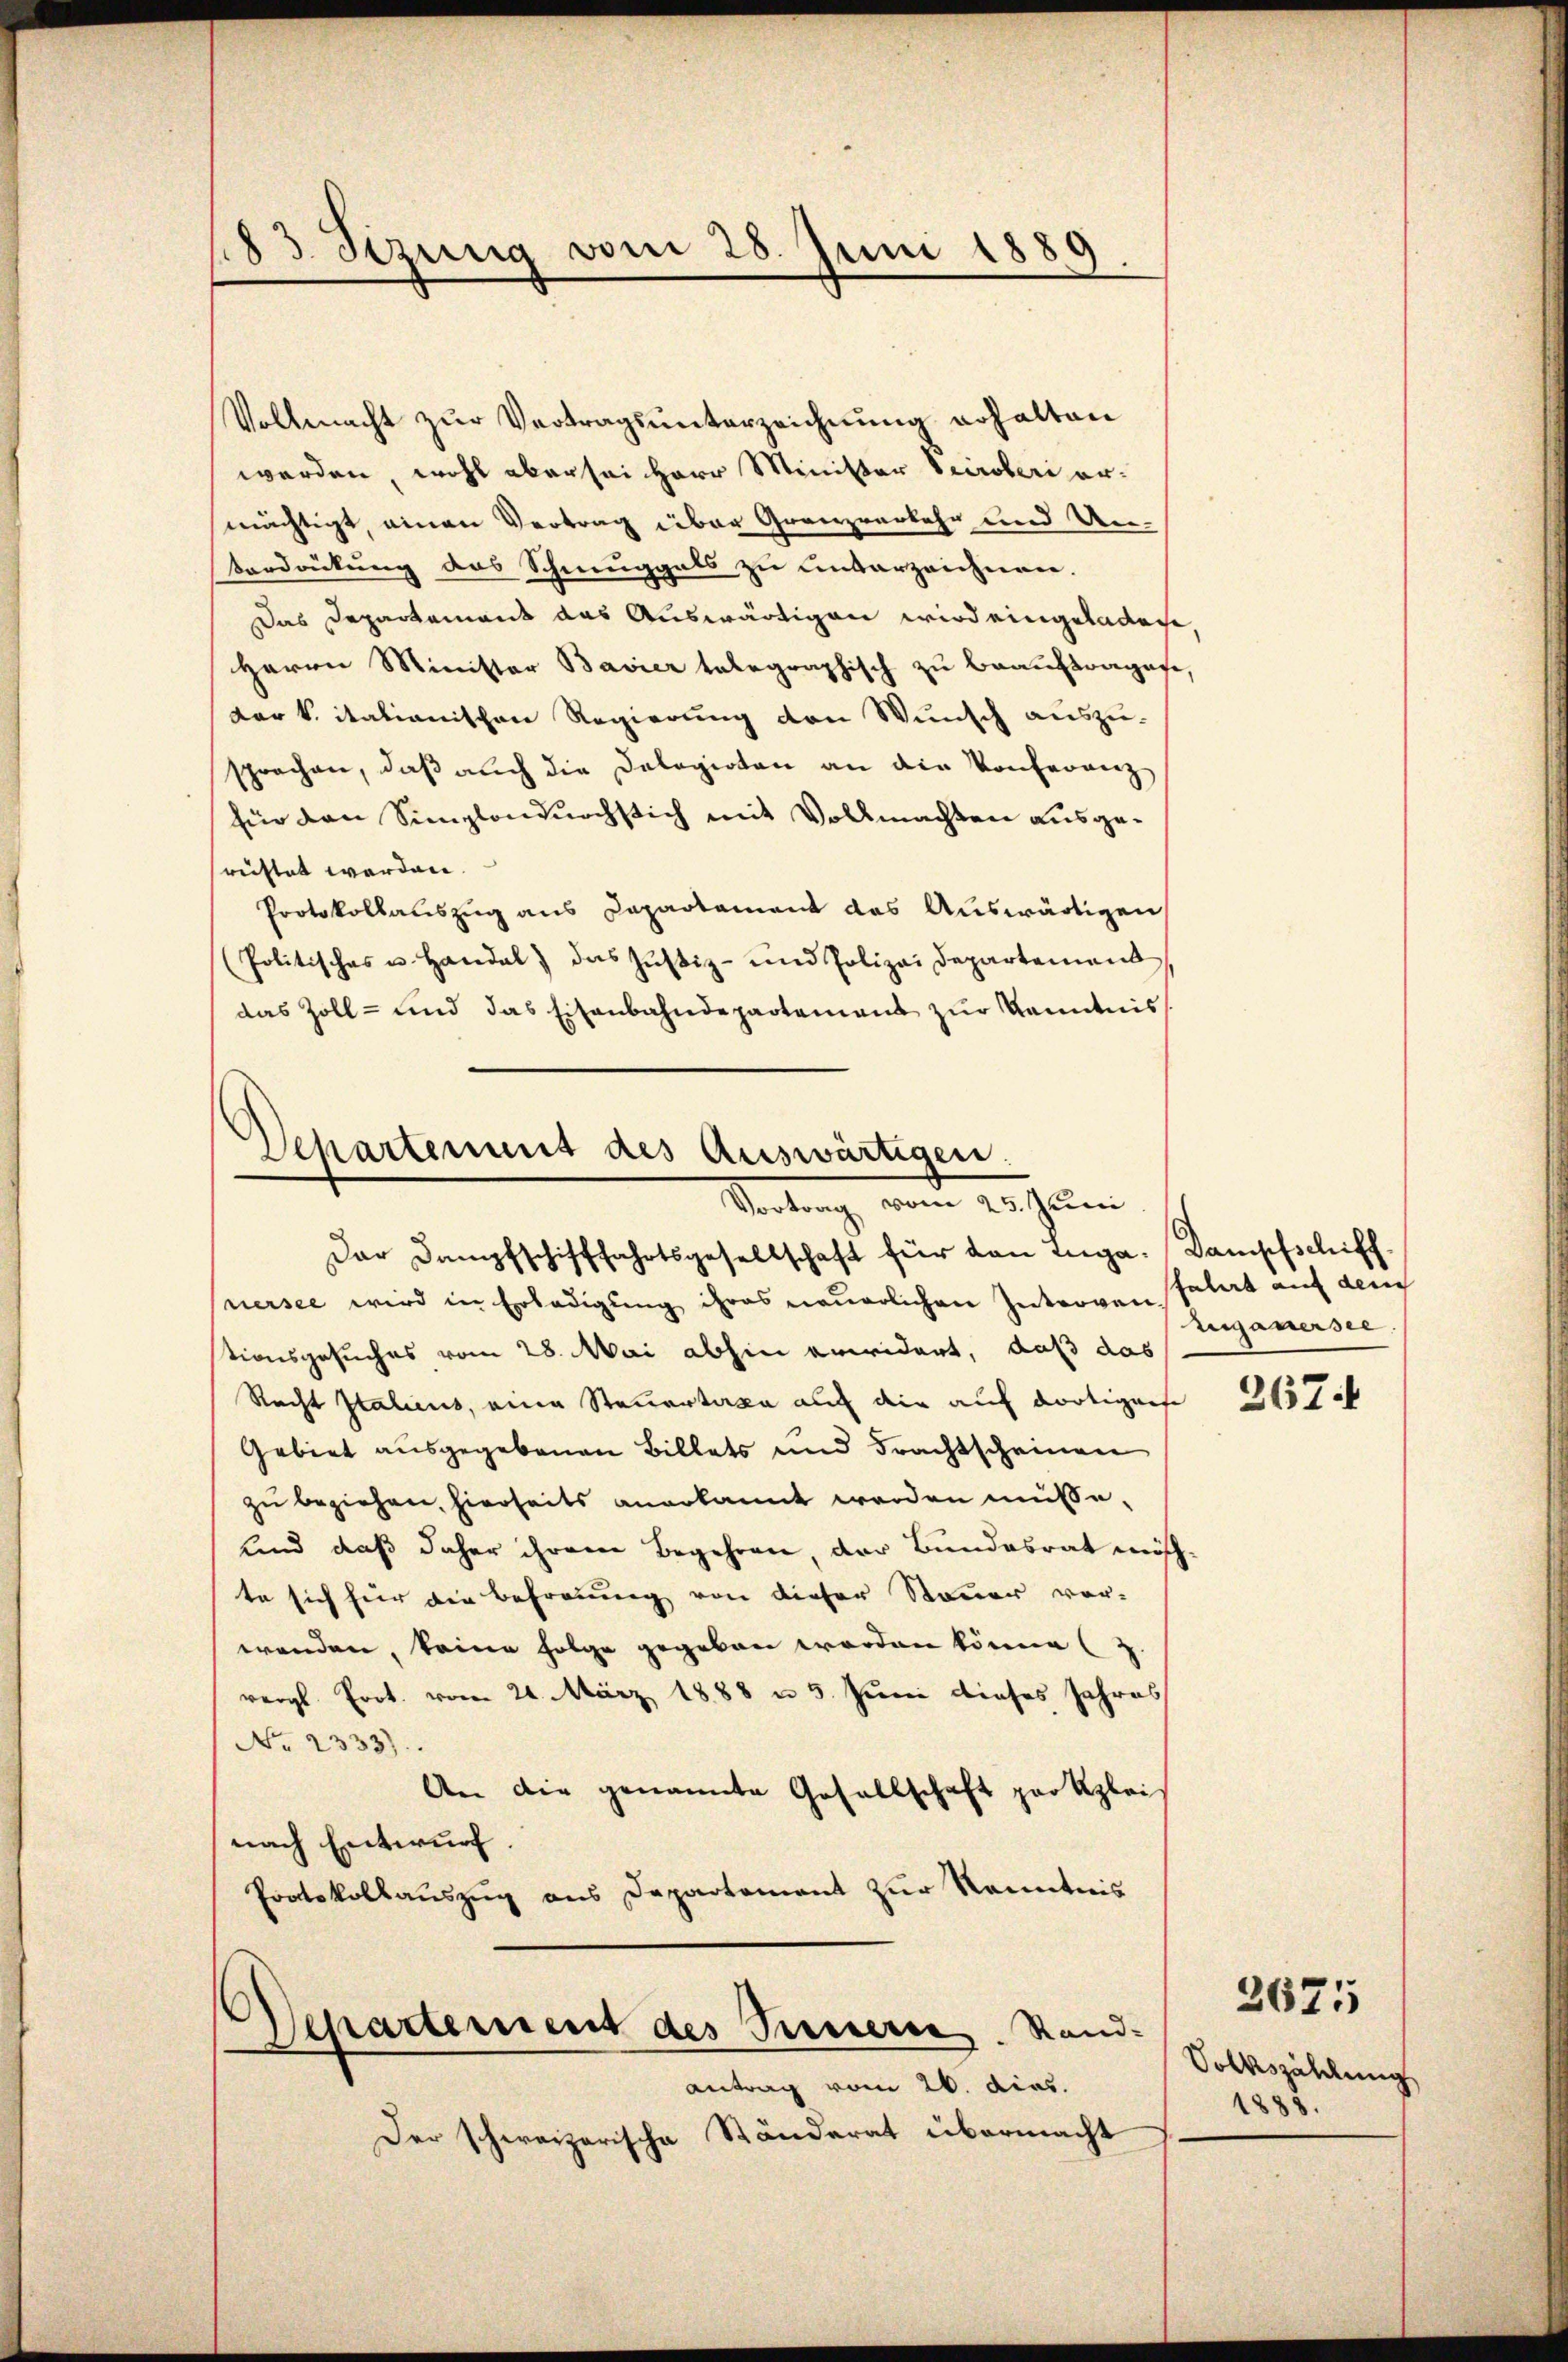
Vollmacht zur Vertragsunterzeichnung erhalten
werden, wohl aber sei Herr Minister Secroberi ermächtigt, einen Vertrag über Granzverkehr und Unterdrückung des Schmuggals zu unterzeichnen.
Das Departement das Auswärtigen wird eingeladene,
Herrn Minister Bavier telegraphisch zu beauftragene,
Dark. italianischen Regierung den Wunsch auszu-
sprochen, daß auch die Delegirten an die Konferenz
für den Simplondurchstich mit Vollmachten ausgerechtet werden.
Protokollauszug aus Dapartament das Auswärtigen
(Politisches u. Handal) das Justiz- und Polizei Departement
das Zoll- und das Eisenbahndepartement zur Kenntnis

183 Sezung vom 28. Juni 1889

Departement des Auswärtigen.
Vortrag vom 25. Juni

Der Dampfschifffahrtsgesellschaft für den Luga-Dampfschiffnersee wird in Erledigung ihres neuerlichen Interven solat auf dem
stionsgesuches vom 28. Mai abhin erwidert, daß das
Recht Italiens, eine Steuertaxe auf die auf dortigers
Gebiet ausgegebenen Billets und Frachtscheinen
zu beziehen, hierseits anerkannt werden müsse.
und daß daher ihrem Begehren, der Bundesrat möchte sich für die Betrauung von dieser Steuer vor-
wenden, keine Folge gegeben worden könne (
vergl. Prot. vom 24. März 1888 n 5. Juni dieses Jahres
No. 2333).
An die genannte Gesellschaft par Klei
nach Entwurf.
Protokollauszug aus Departement zur Kenntnis
Departement des Ternern. Stand-
antrag vom 26. dies.
Der schwarzerische Ständerat übermacht

Luganersee

267.

Volkszählung
1888.

2675